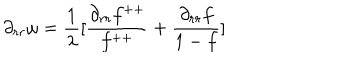
\partial _ { r r } \omega = \frac { 1 } { \lambda } [ \frac { \partial _ { r r } f ^ { + + } } { f ^ { + + } } + \frac { \partial _ { r r } f } { 1 - f } ]